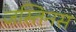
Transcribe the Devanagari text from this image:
जस्तिनस